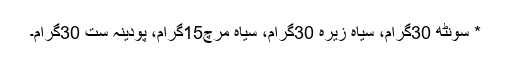
* سونٹھ 30گرام، سیاہ زیرہ 30گرام، سیاہ مرچ15گرام، پودینہ ست 30گرام۔